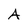
Character: A